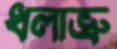
ধলাভ্রু